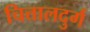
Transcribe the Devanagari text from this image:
चित्तालदुर्ग